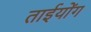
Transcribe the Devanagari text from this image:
ताईयोंग